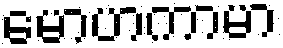
မောဟကာမာ